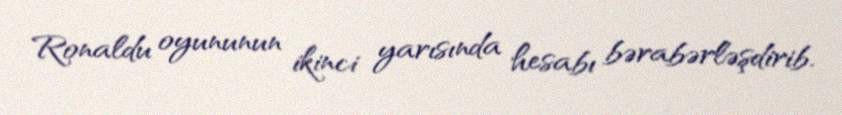
Ronaldu oyununun ikinci yarısında hesabı bərabərləşdirib.